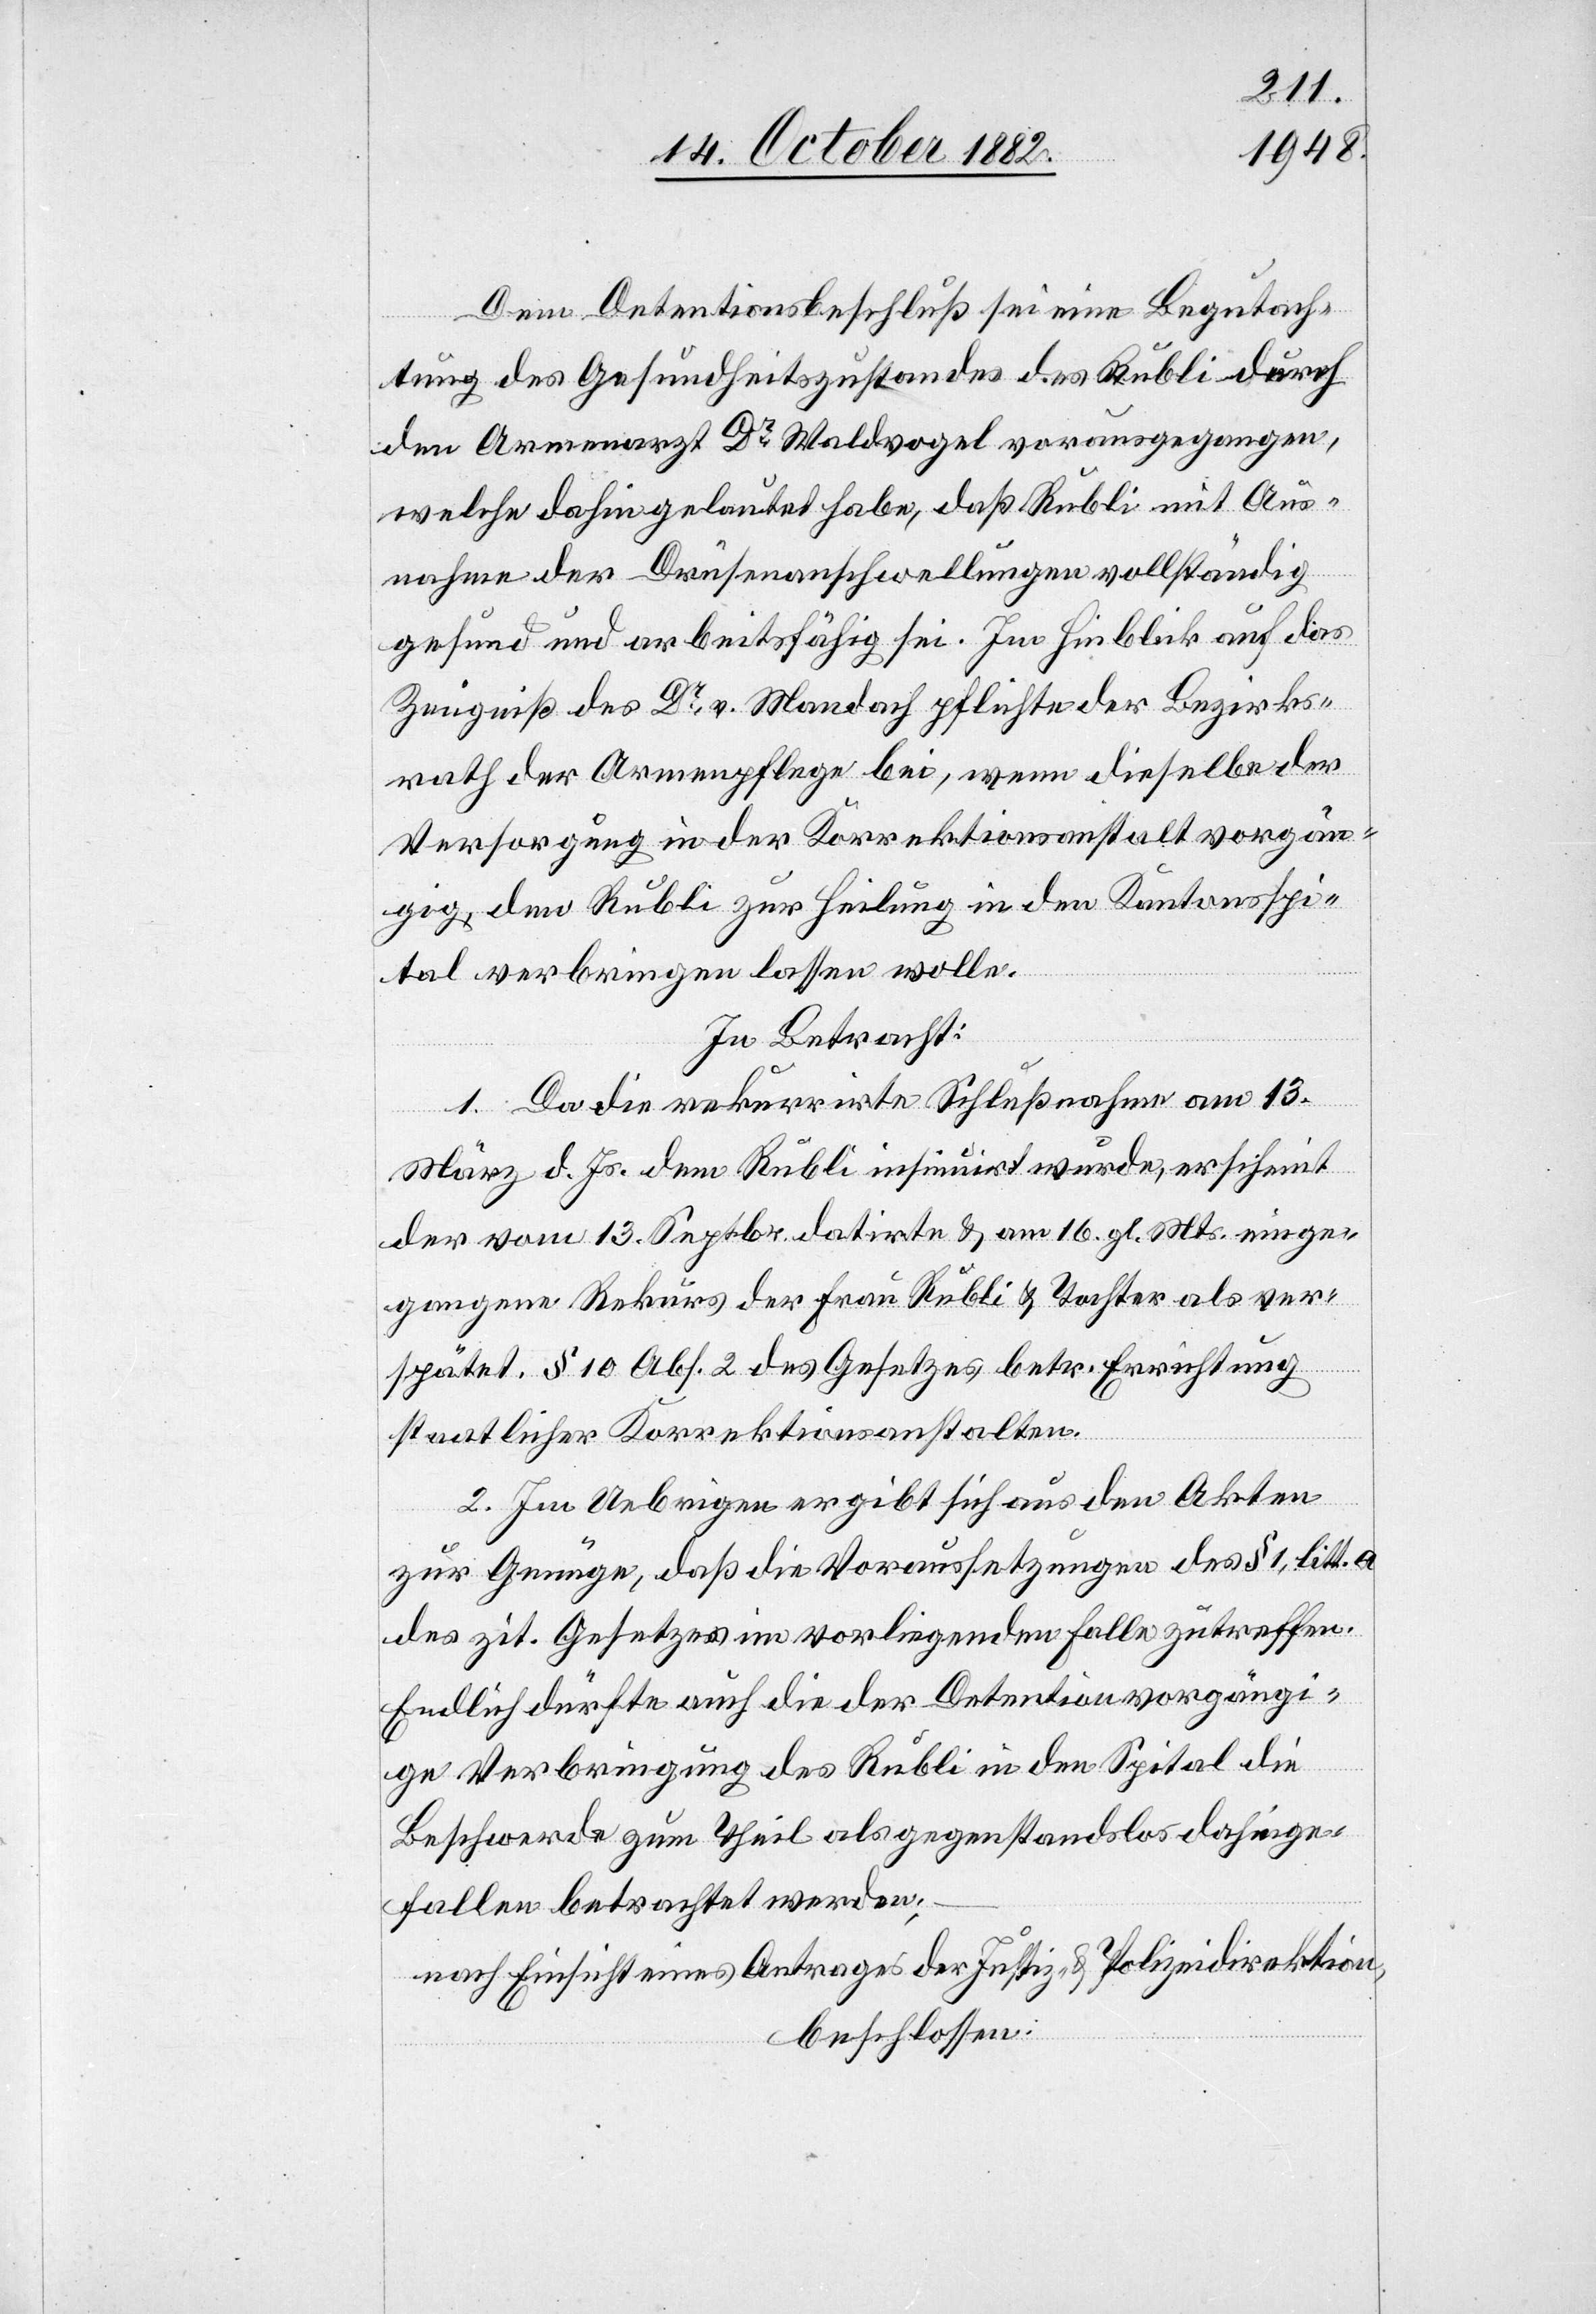
Dem Detentionsbeschluß sei eine Begutach¬
tung des Gesundheitszustandes des Rubli durch
den Armenarzt Dr Waldvogel vorausgegangen,
welche dahin gelautet habe, daß Rubli mit Aus¬
nahme der Drüsenanschwellungen vollständig
gesund und arbeitsfähig sei. Im Hinblick auf das
Zeugniß des Dr v. Mandach pflichte der Bezirks¬
rath der Armenpflege bei, wenn dieselbe der
Versorgung in der Korrektionsanstalt vorgän¬
gig, den Rubli zur Heilung in den Kantonsspi¬
tal verbringen lassen wolle.
In Betracht:
1. Da die rekurrirte Schlußnahme am 13.
März d. Js. dem Rubli insinuirt wurde, erscheint
der vom 13. Septbr. datirte & am 16. gl. Mts. einge¬
gangene Rekurs der Frau Rubli & Tochter als ver¬
spätet. § 10 Abs. 2 des Gesetzes betr. Errichtung
staatlicher Korrektionsanstalten.
2. Im Uebrigen ergibt sich aus den Akten
zur Genüge, daß die Voraussetzungen des § 1, litt a
des zit. Gesetzes im vorliegenden Falle zutreffen.
Endlich dürfte auch die der Detention vorgängi¬
ge Verbringung des Rubli in den Spital die
Beschwerde zum Theil als gegenstandslos dahinge¬
fallen betrachtet werden;
nach Einsicht eines Antrages der Justiz- & Polizeidirektion,
beschlossen: